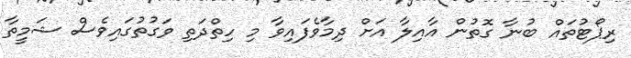
ރިޕޯޓުތައް ބުނާ ގޮތުން އާއިލާ އަށް ދިމާވެފައިވާ މި ހިތްދަތި ވަގުތުގައިވެސް ޝަމީތާ